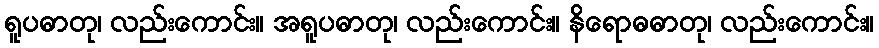
ရူပဓာတု၊ လည်းကောင်း။ အရူပဓာတု၊ လည်းကောင်း။ နိရောဓဓာတု၊ လည်းကောင်း။